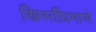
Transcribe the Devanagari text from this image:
ख्रिस्तींप्रमाणे